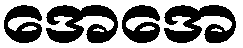
အေအေ